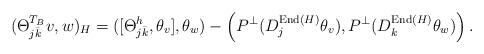
LaTeX: \begin{align*}(\Theta_{j\bar k}^{T_B} v, w)_H=([\Theta^h_{j\bar k}, \theta_v], \theta_w)- \left( P^{\bot} (D^{{\rm End}(H)}_j \theta_v), P^{\bot} (D^{{\rm End}(H)}_k \theta_w) \right).\end{align*}